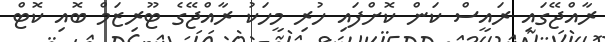
ރާއްޖޭގައި ރައީސް ކަން ކޮށްފައި ހުރި މީހަކު ރާއްޖޭގެ ޓޫރިޒަމް ބޮއި ކޮޓް